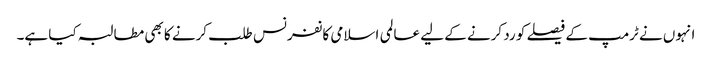
انہوں نے ٹرمپ کے فیصلے کو رد کرنے کے لیے عالمی اسلامی کانفرنس طلب کرنے کا بھی مطالبہ کیا ہے۔